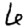
Digit: 6